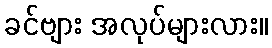
ခင်ဗျား အလုပ်များလား။